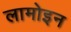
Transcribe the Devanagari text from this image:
लामोइन